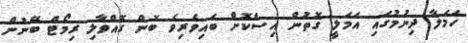
ހަމަލާ ދިނުމުގައި އަމަލީ ގޮތުން އިސްކޮށް ބައިވެރިވެ ބޮން ގޮއްވާލި ރިމޯޓް ބޭނުން